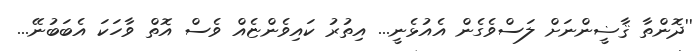
''ދޮންތާ ޤާޟީންނަށް ލަސްވެގެން އެއުޅެނީ... އިތުރު ކައިވެންޏެއް ވެސް އޮތް ވާހަކަ އެބަބުނޭ...